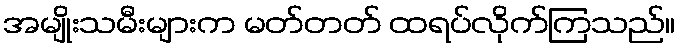
အမျိုးသမီးများက မတ်တတ် ထရပ်လိုက်ကြသည်။